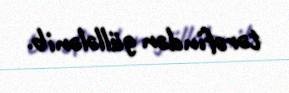
tərəfindən güllələnib.